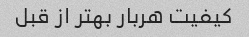
کیفیت هربار بهتر از قبل